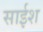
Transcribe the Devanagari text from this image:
साईश